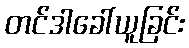
တင်ဒါခေါ်ယူခြင်း